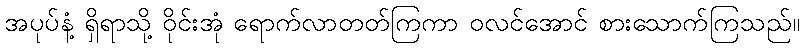
အပုပ်နံ့ ရှိရာသို့ ဝိုင်းအုံ ရောက်လာတတ်ကြကာ ဝလင်အောင် စားသောက်ကြသည်။